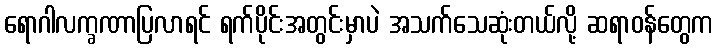
ရောဂါလက္ခဏာပြလာရင် ရက်ပိုင်းအတွင်းမှာပဲ အသက်သေဆုံးတယ်လို့ ဆရာဝန်တွေက